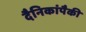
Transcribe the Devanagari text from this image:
दैनिकांपैकी